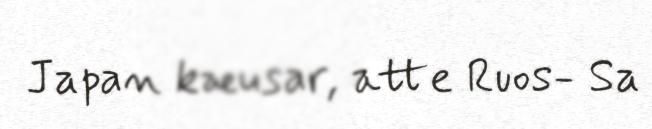
Japan kæusar, atte Ruos- Sa